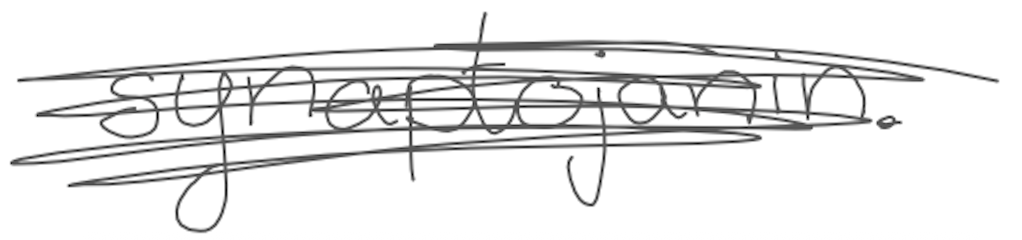
Text: synaptojanin.
Cross-out: scratch
Writing tool: digital_gray